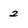
Character: 2